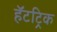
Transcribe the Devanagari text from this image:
हॅटट्रिक